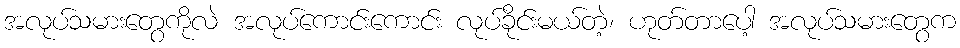
အလုပ်သမားတွေကိုလဲ အလုပ်ကောင်းကောင်း လုပ်ခိုင်းမယ်တဲ့၊ ဟုတ်တာပေါ့ အလုပ်သမားတွေက